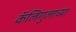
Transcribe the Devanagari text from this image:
कॅलिगुलाच्या